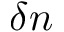
\delta n